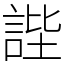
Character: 𧧺